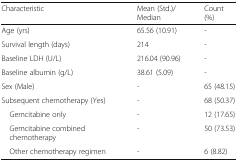
<table><thead><tr><td><b>Characteristic</b></td><td><b>Mean (Std.)/Median</b></td><td><b>Count (%)</b></td></tr></thead><tbody><tr><td>Age (yrs)</td><td>65.56 (10.91)</td><td>-</td></tr><tr><td>Survival length (days)</td><td>214</td><td>-</td></tr><tr><td>Baseline LDH (U/L)</td><td>216.04 (90.96)</td><td>-</td></tr><tr><td>Baseline albumin (g/L)</td><td>38.61 (5.09)</td><td>-</td></tr><tr><td>Sex (Male)</td><td>-</td><td>65 (48.15)</td></tr><tr><td>Subsequent chemotherapy (Yes)</td><td>-</td><td>68 (50.37)</td></tr><tr><td> Gemcitabine only</td><td>-</td><td>12 (17.65)</td></tr><tr><td> Gemcitabine combined chemotherapy</td><td>-</td><td>50 (73.53)</td></tr><tr><td> Other chemotherapy regimen</td><td>-</td><td>6 (8.82)</td></tr></tbody></table>